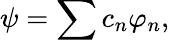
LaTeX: \psi=\sum c_{n}\varphi_{n},